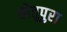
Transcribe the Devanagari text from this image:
खेतूपुरा